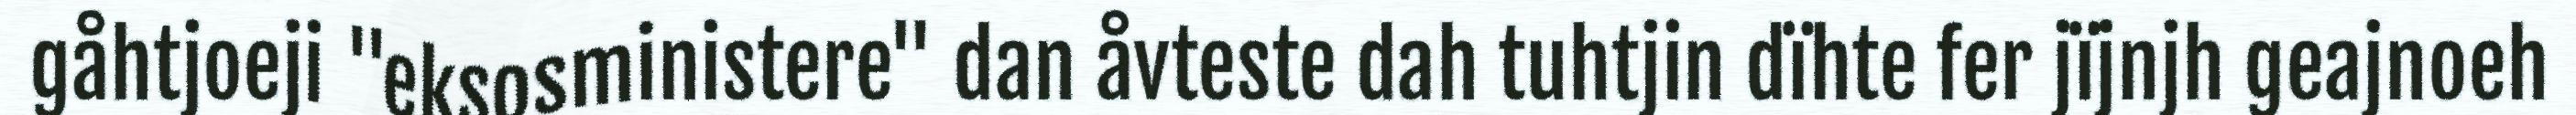
gåhtjoeji "eksosministere" dan åvteste dah tuhtjin dïhte fer jïjnjh geajnoeh